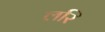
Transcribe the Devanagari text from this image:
लरि